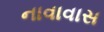
નાવાવાસ